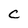
Character: C